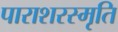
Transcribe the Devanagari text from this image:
पाराशरस्मृति